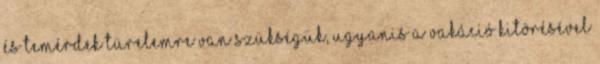
és temérdek türelemre van szükségük, ugyanis a vakáció kitörésével